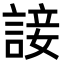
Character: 𧩕